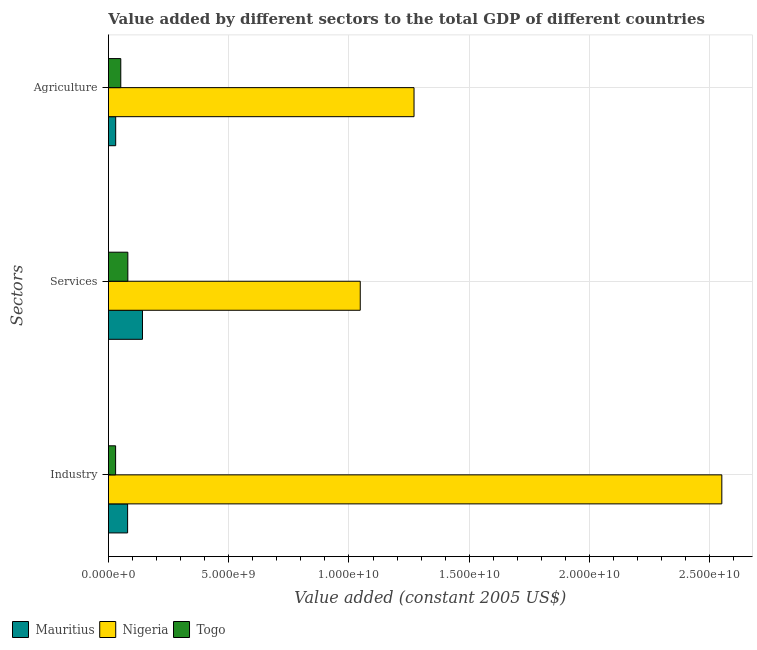
| Sectors | Mauritius | Nigeria | Togo |
 | --- | --- | --- | --- |
 | Industry | 7.98e+08 | 2.55e+10 | 2.99e+08 |
 | Services | 1.42e+09 | 1.05e+10 | 8.07e+08 |
 | Agriculture | 3.02e+08 | 1.27e+10 | 5.14e+08 |